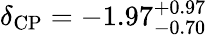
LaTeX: \delta_{\mathrm{CP}}=-1.97_{-0.70}^{+0.97}